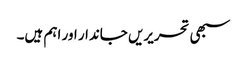
سبھی تحریریں جاندار اور اہم ہیں۔